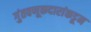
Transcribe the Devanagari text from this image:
गुंतवणूकदारांकडून